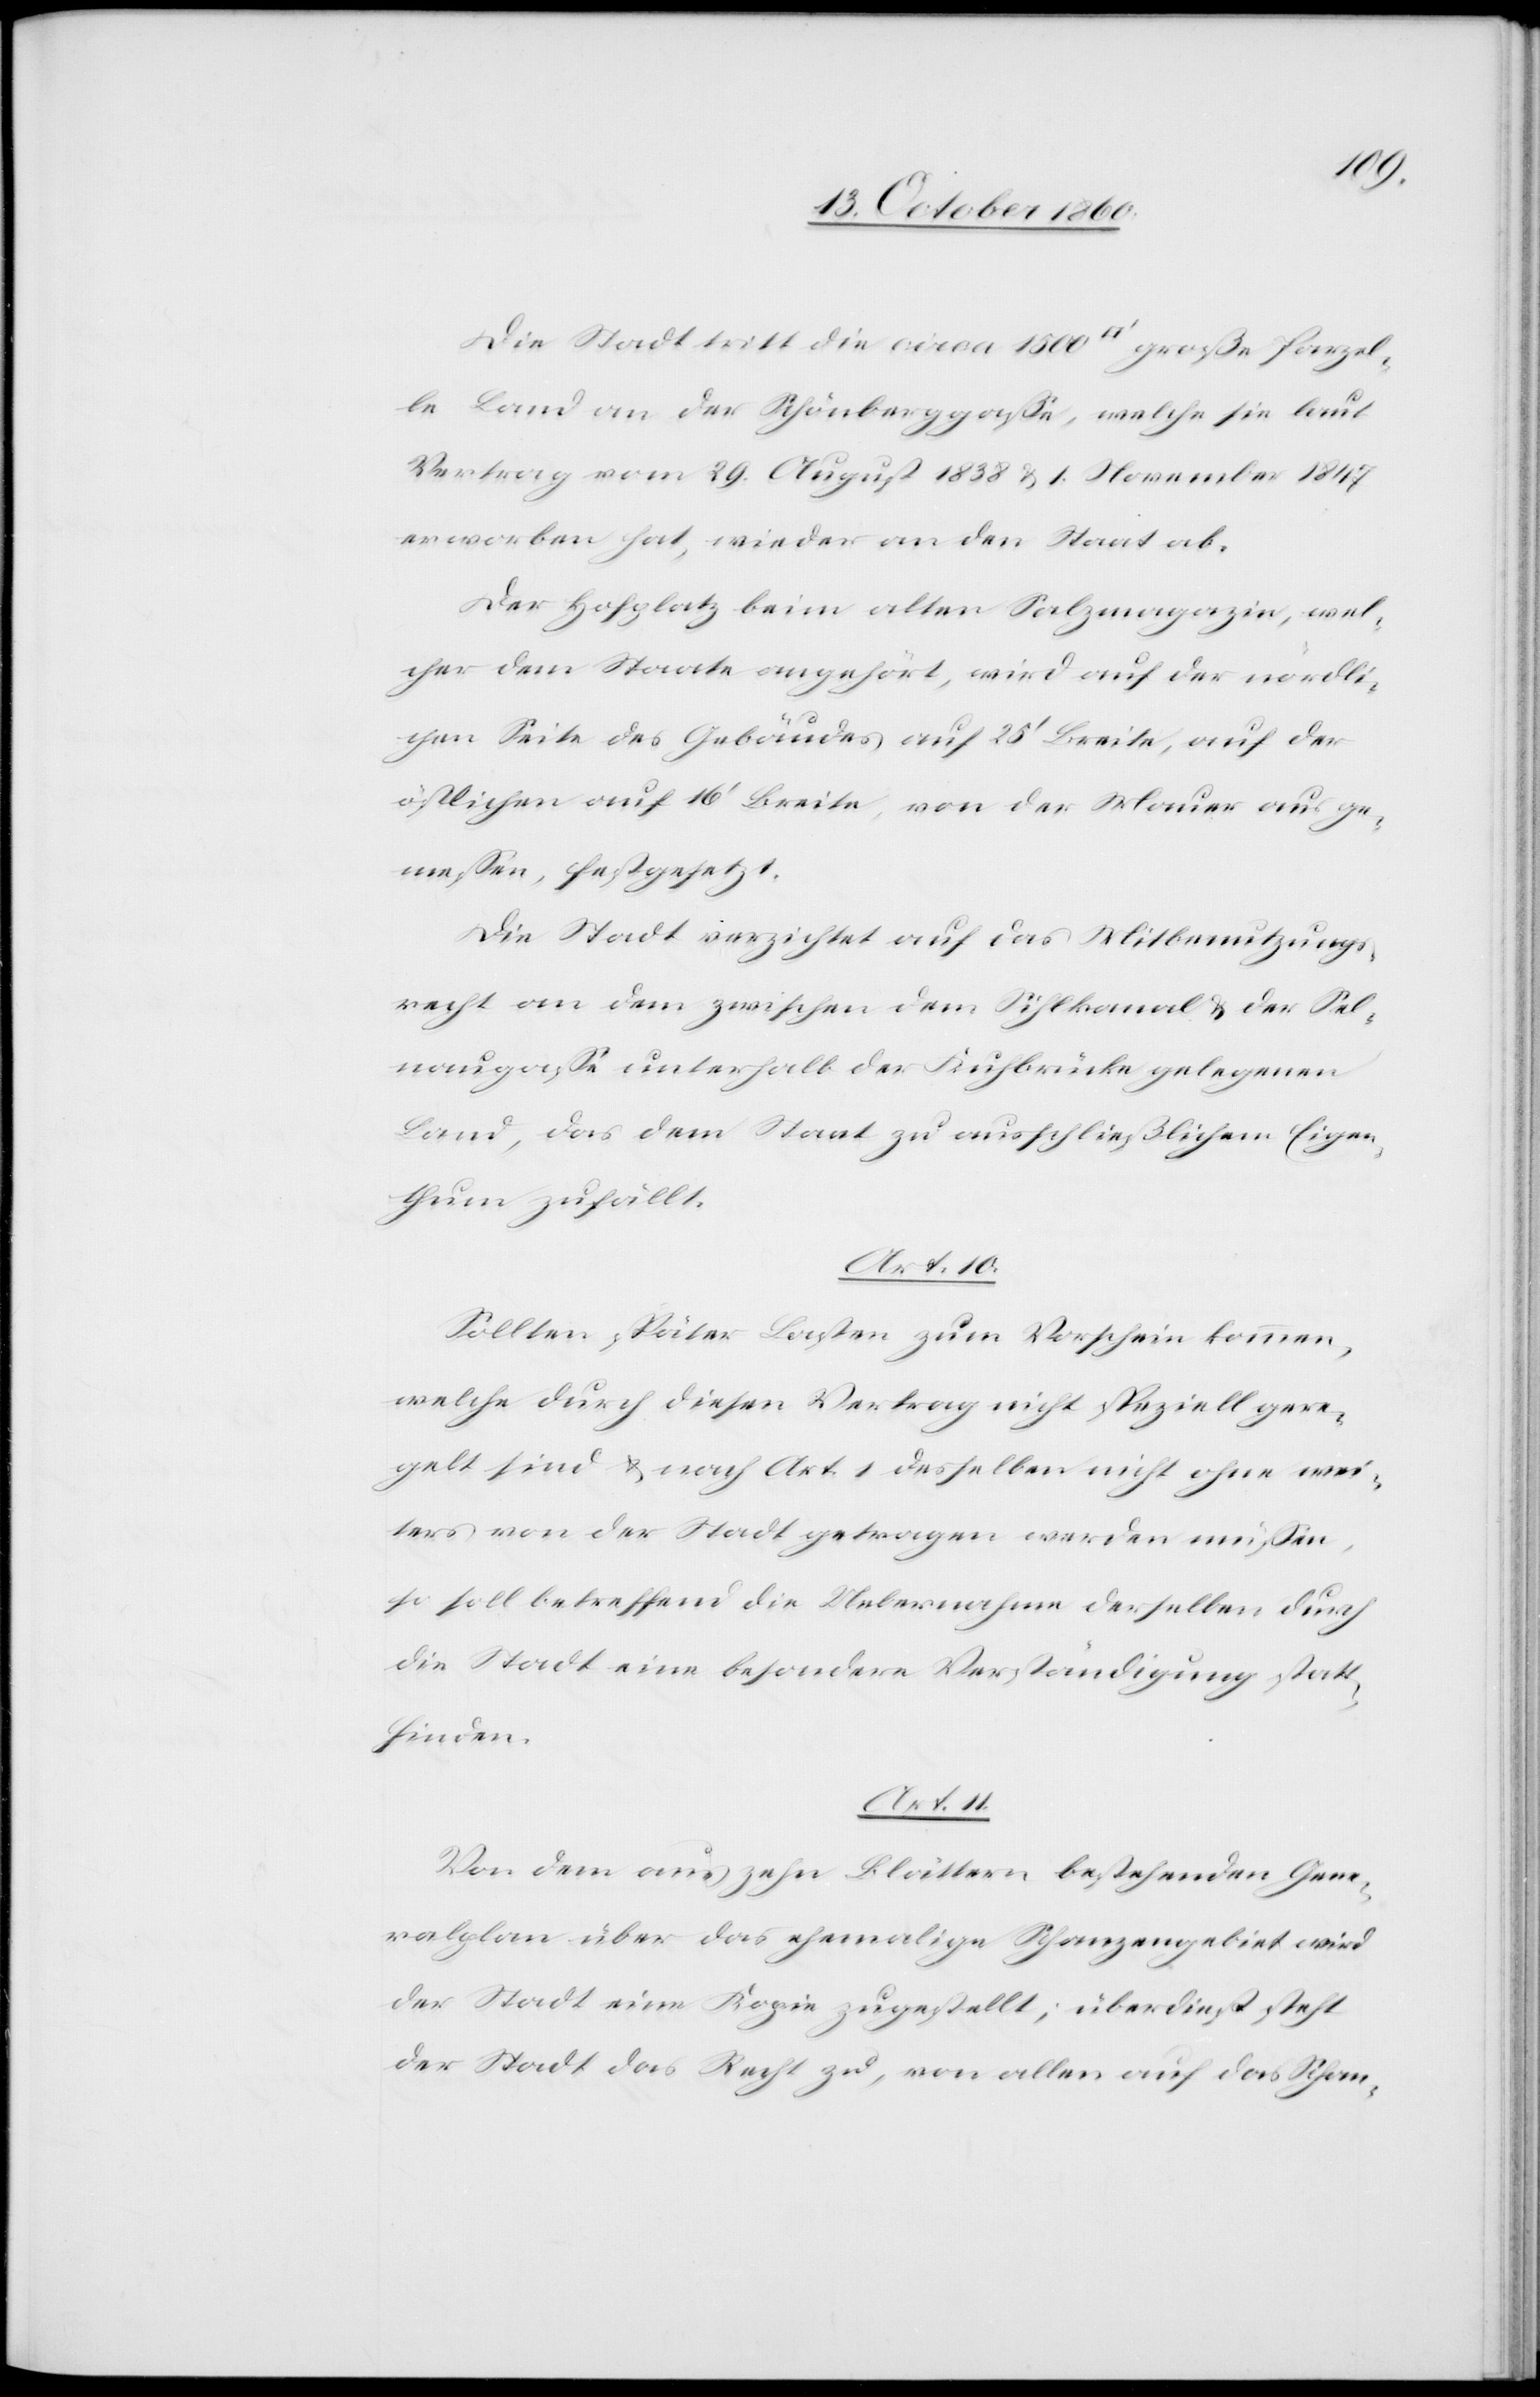
Die Stadt tritt die circa 1500 [Quadratfuß] große Parzel¬
le Land an der Schönberggaße, welche sie laut
Vertrag vom 29. August 1838 u. 1. November 1847
erworben hat, wieder an den Staat ab.
Der Hofplatz beim alten Salzmagazin, wel¬
cher dem Staate angehört, wird auf der nördli¬
chen Seite des Gebäudes auf 25’ Breite, auf der
östlichen auf 16’ Breite, von der Mauer aus ge¬
messen, festgesetzt.
Die Stadt verzichtet auf das Mitbenutzungs¬
recht an dem zwischen dem Sihlkanal u. der Sel¬
naugasse unterhalb der Kuhbrücke gelegenen
Land, das dem Staat zu ausschließlichem Eigen¬
thum zufällt.
Art. 10.
Sollten später Lasten zum Vorschein kommen,
welche durch diesen Vertrag nicht speziell gere¬
gelt sind u. nach Art. 1 desselben nicht ohne wei¬
ters von der Stadt getragen werden müssen,
so soll betreffend die Uebernahme derselben durch
die Stadt eine besondere Verständigung statt¬
finden.
Art. 11.
Von dem aus zehn Blättern bestehenden Gene¬
ralplan über das ehemalige Schanzengebiet wird
der Stadt eine Kopie zugestellt; überdieß steht
der Stadt das Recht zu, von allen auf das Schan-